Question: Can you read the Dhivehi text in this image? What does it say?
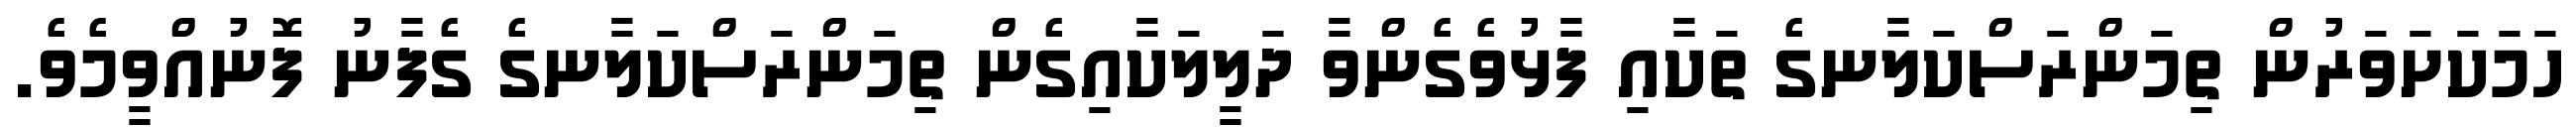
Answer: ހަމަކަށަވަރުން ތިމަންރަސްކަލާނގެ ތަކާއި ފާޅުވެގެންވާ ދަލީލަކާއިގެން ތިމަންރަސްކަލާނގެ ގެފާނު ފޮނުއްވީމެވެ.